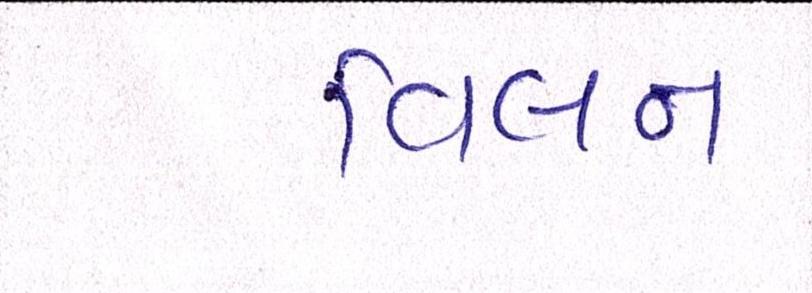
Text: વિલન